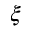
\xi